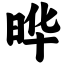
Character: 晔